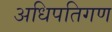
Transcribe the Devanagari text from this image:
अधिपतिगण